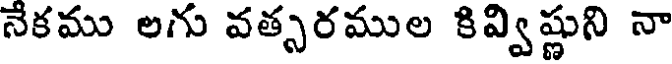
నేకము లగు వత్సరముల కివ్విష్ణుని నా